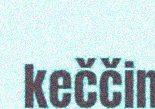
keččin